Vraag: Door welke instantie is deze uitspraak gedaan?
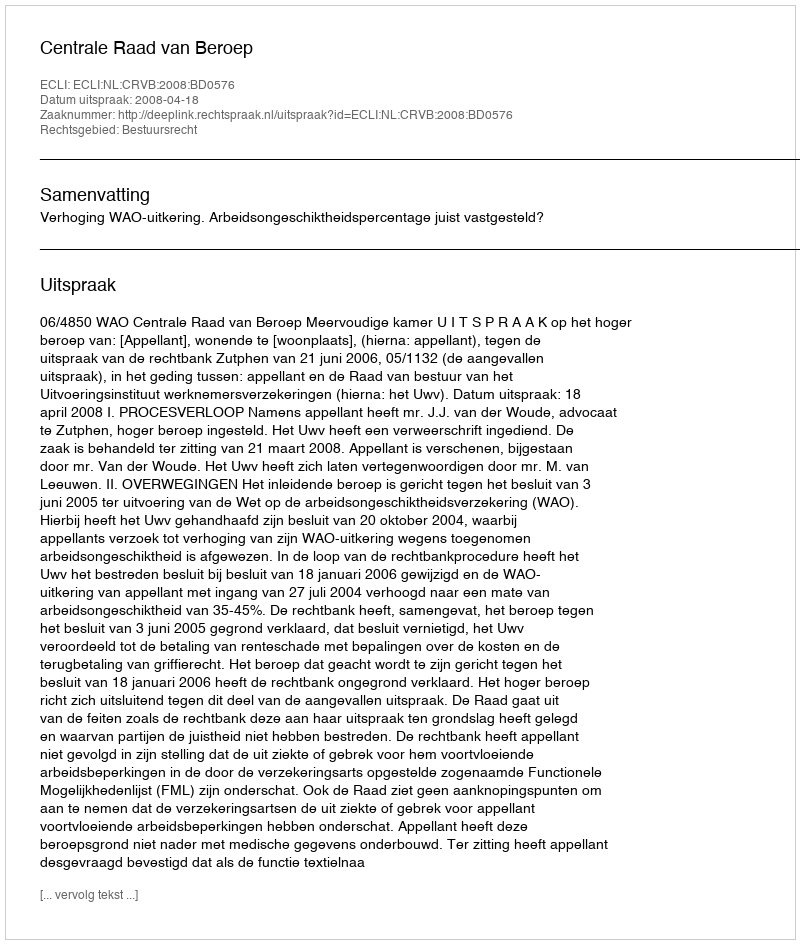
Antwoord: Centrale Raad van Beroep